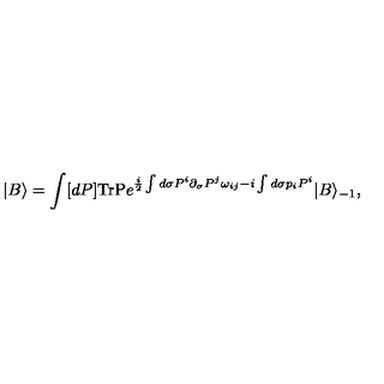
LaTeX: | B \rangle = \int [ d P ] \mathrm { T r P } e ^ { \frac { i } { 2 } \int d \sigma P ^ { i } \partial _ { \sigma } P ^ { j } \omega _ { i j } - i \int d \sigma p _ { i } P ^ { i } } | B \rangle _ { - 1 } ,